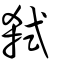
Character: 弑